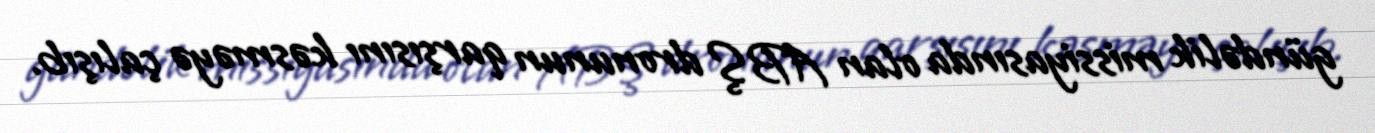
gündəlik missiyasında olan ABŞ dronunun qarşısını kəsməyə çalışıb.